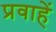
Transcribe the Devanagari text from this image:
प्रवाहें